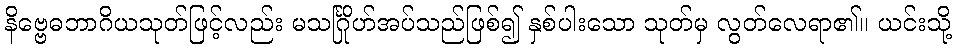
နိဗ္ဗေဓဘာဂိယသုတ်ဖြင့်လည်း မသင်္ဂြိုဟ်အပ်သည်ဖြစ်၍ နှစ်ပါးသော သုတ်မှ လွတ်လေရာ၏။ ယင်းသို့